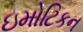
ઇમોટિકન